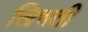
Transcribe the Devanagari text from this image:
खिचती